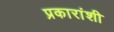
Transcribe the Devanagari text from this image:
प्रकारांशी